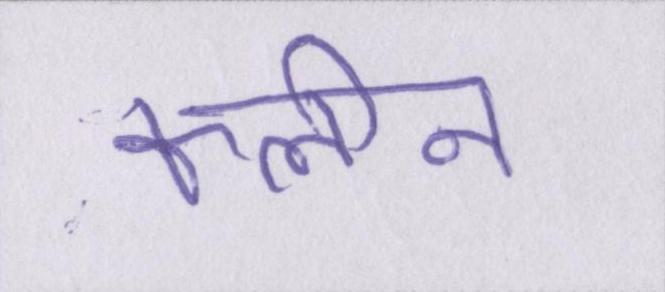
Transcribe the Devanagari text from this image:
क्लीन